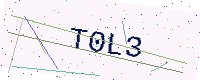
Text: T0L3